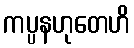
ကပ္ပနဟုတေဟိ